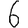
Digit: 6